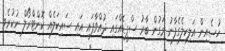
ހުސެއިން އަލިކިލެގެފާނު މަގުން ބާރު ސްޕީޑެއްގައި ދުއްވާފައި އައި ސައިކަލެއް ކޮންޓްރޯލް ނުކުރެވި